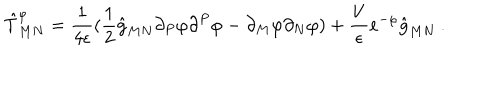
LaTeX: \hat { T } _ { M N } ^ { \varphi } = { \frac { 1 } { 4 \epsilon } } ( \frac { 1 } { 2 } \hat { g } _ { M N } \partial _ { P } \varphi \partial ^ { P } \varphi - \partial _ { M } \varphi \partial _ { N } \varphi ) + \frac { V } { \epsilon } e ^ { - \varphi } \hat { g } _ { M N } \: .